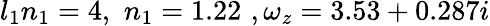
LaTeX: l_{1}n_{1}=4,\, \, n_{1}=1.22\, \, ,\omega_{z}=3.53+0.287i